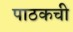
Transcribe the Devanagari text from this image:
पाठकची